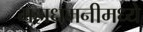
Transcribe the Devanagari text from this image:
महाधमनीमध्ये